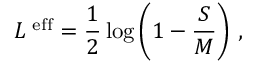
{ \cal L } ^ { \mathrm { \scriptsize ~ e f f } } = \frac 1 2 \log \left( 1 - \frac S M \right) \, ,